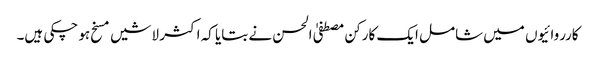
کارروائیوں میں شامل ایک کارکن مصطفیٰ الحسن نے بتایا کہ اکثر لاشیں مسخ ہو چکی ہیں۔